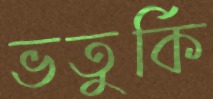
ভতুর্কি